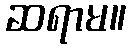
ဆရာမ။